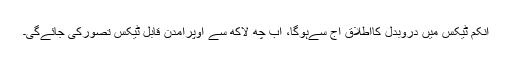
انکم ٹیکس میں دروبدل کااطلاق آج سےہوگا، اب چھ لاکھ سے اوپرآمدن قابل ٹیکس تصورکی جائےگی۔